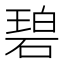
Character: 碧